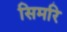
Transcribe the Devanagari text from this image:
सिमरि